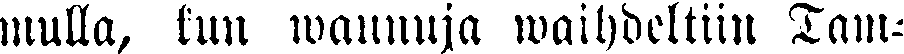
mulla, kun waunuja waihdeltiin Tam-